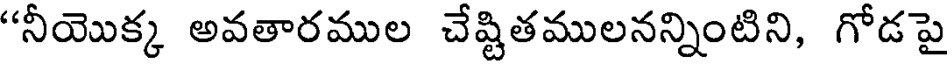
"నీయొక్క అవతారముల చేష్టితములనన్నింటిని, గోడపై